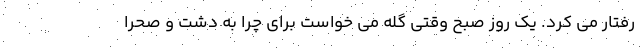
رفتار می کرد. یک روز صبح وقتی گله می خواست برای چرا به دشت و صحرا